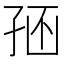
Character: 𡥢